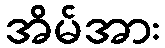
အိမ်အား